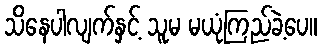
သိနေပါလျက်နှင့် သူမ မယုံကြည်ခဲ့ပေ။